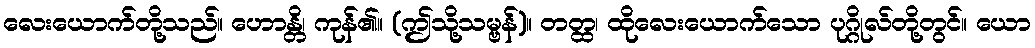
လေးယောက်တို့သည်။ ဟောန္တိ၊ ကုန်၏။ (ဤသို့သမ္ဗန်)။ တတ္ထ၊ ထိုလေးယောက်သော ပုဂ္ဂိုလ်တို့တွင်။ ယော